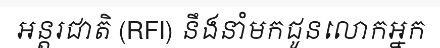
អន្តរជាតិ (RFI) នឹងនាំមកជូនលោកអ្នក